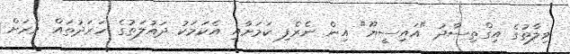
ވިލާތުގެ އިގްތިސާދު "އައިސީޔޫ" އިން ނެރެފި ކަމަށާއި އެކަމަކު ދައުލަތުގެ ހަރަދުތައް ވަރަށް